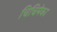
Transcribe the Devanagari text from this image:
चिचिमेका